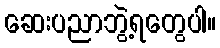
ဆေးပညာဘွဲ့ရတွေပါ။